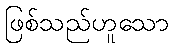
ဖြစ်သည်ဟူသော